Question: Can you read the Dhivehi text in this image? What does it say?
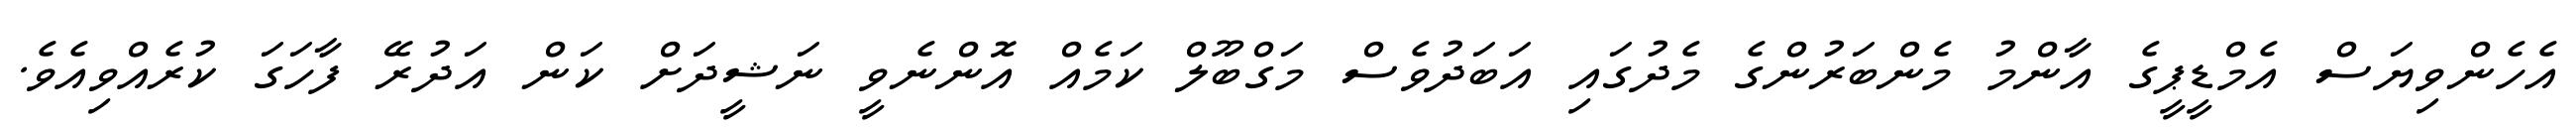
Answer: އެހެންވިޔަސް އެމްޑީޕީގެ އާންމު މެންބަރުންގެ މެދުގައި އަބަދުވެސް މަގްބޫލް ކަމެއް އޮންނެވީ ނަޝީދަށް ކަން އަދުރޭ ފާހަގަ ކުރެއްވިއެވެ.